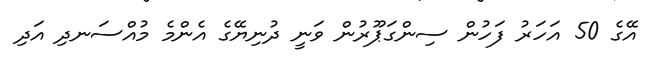
އޭގެ 50 އަހަރު ފަހުން ސިންގަޕޫރުން ވަނީ ދުނިޔޭގެ އެންމެ މުއްސަނދި އަދި